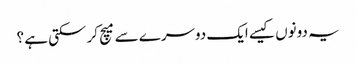
یہ دونوں کیسے ایک دوسرے سے میچ کر سکتی ہے ؟